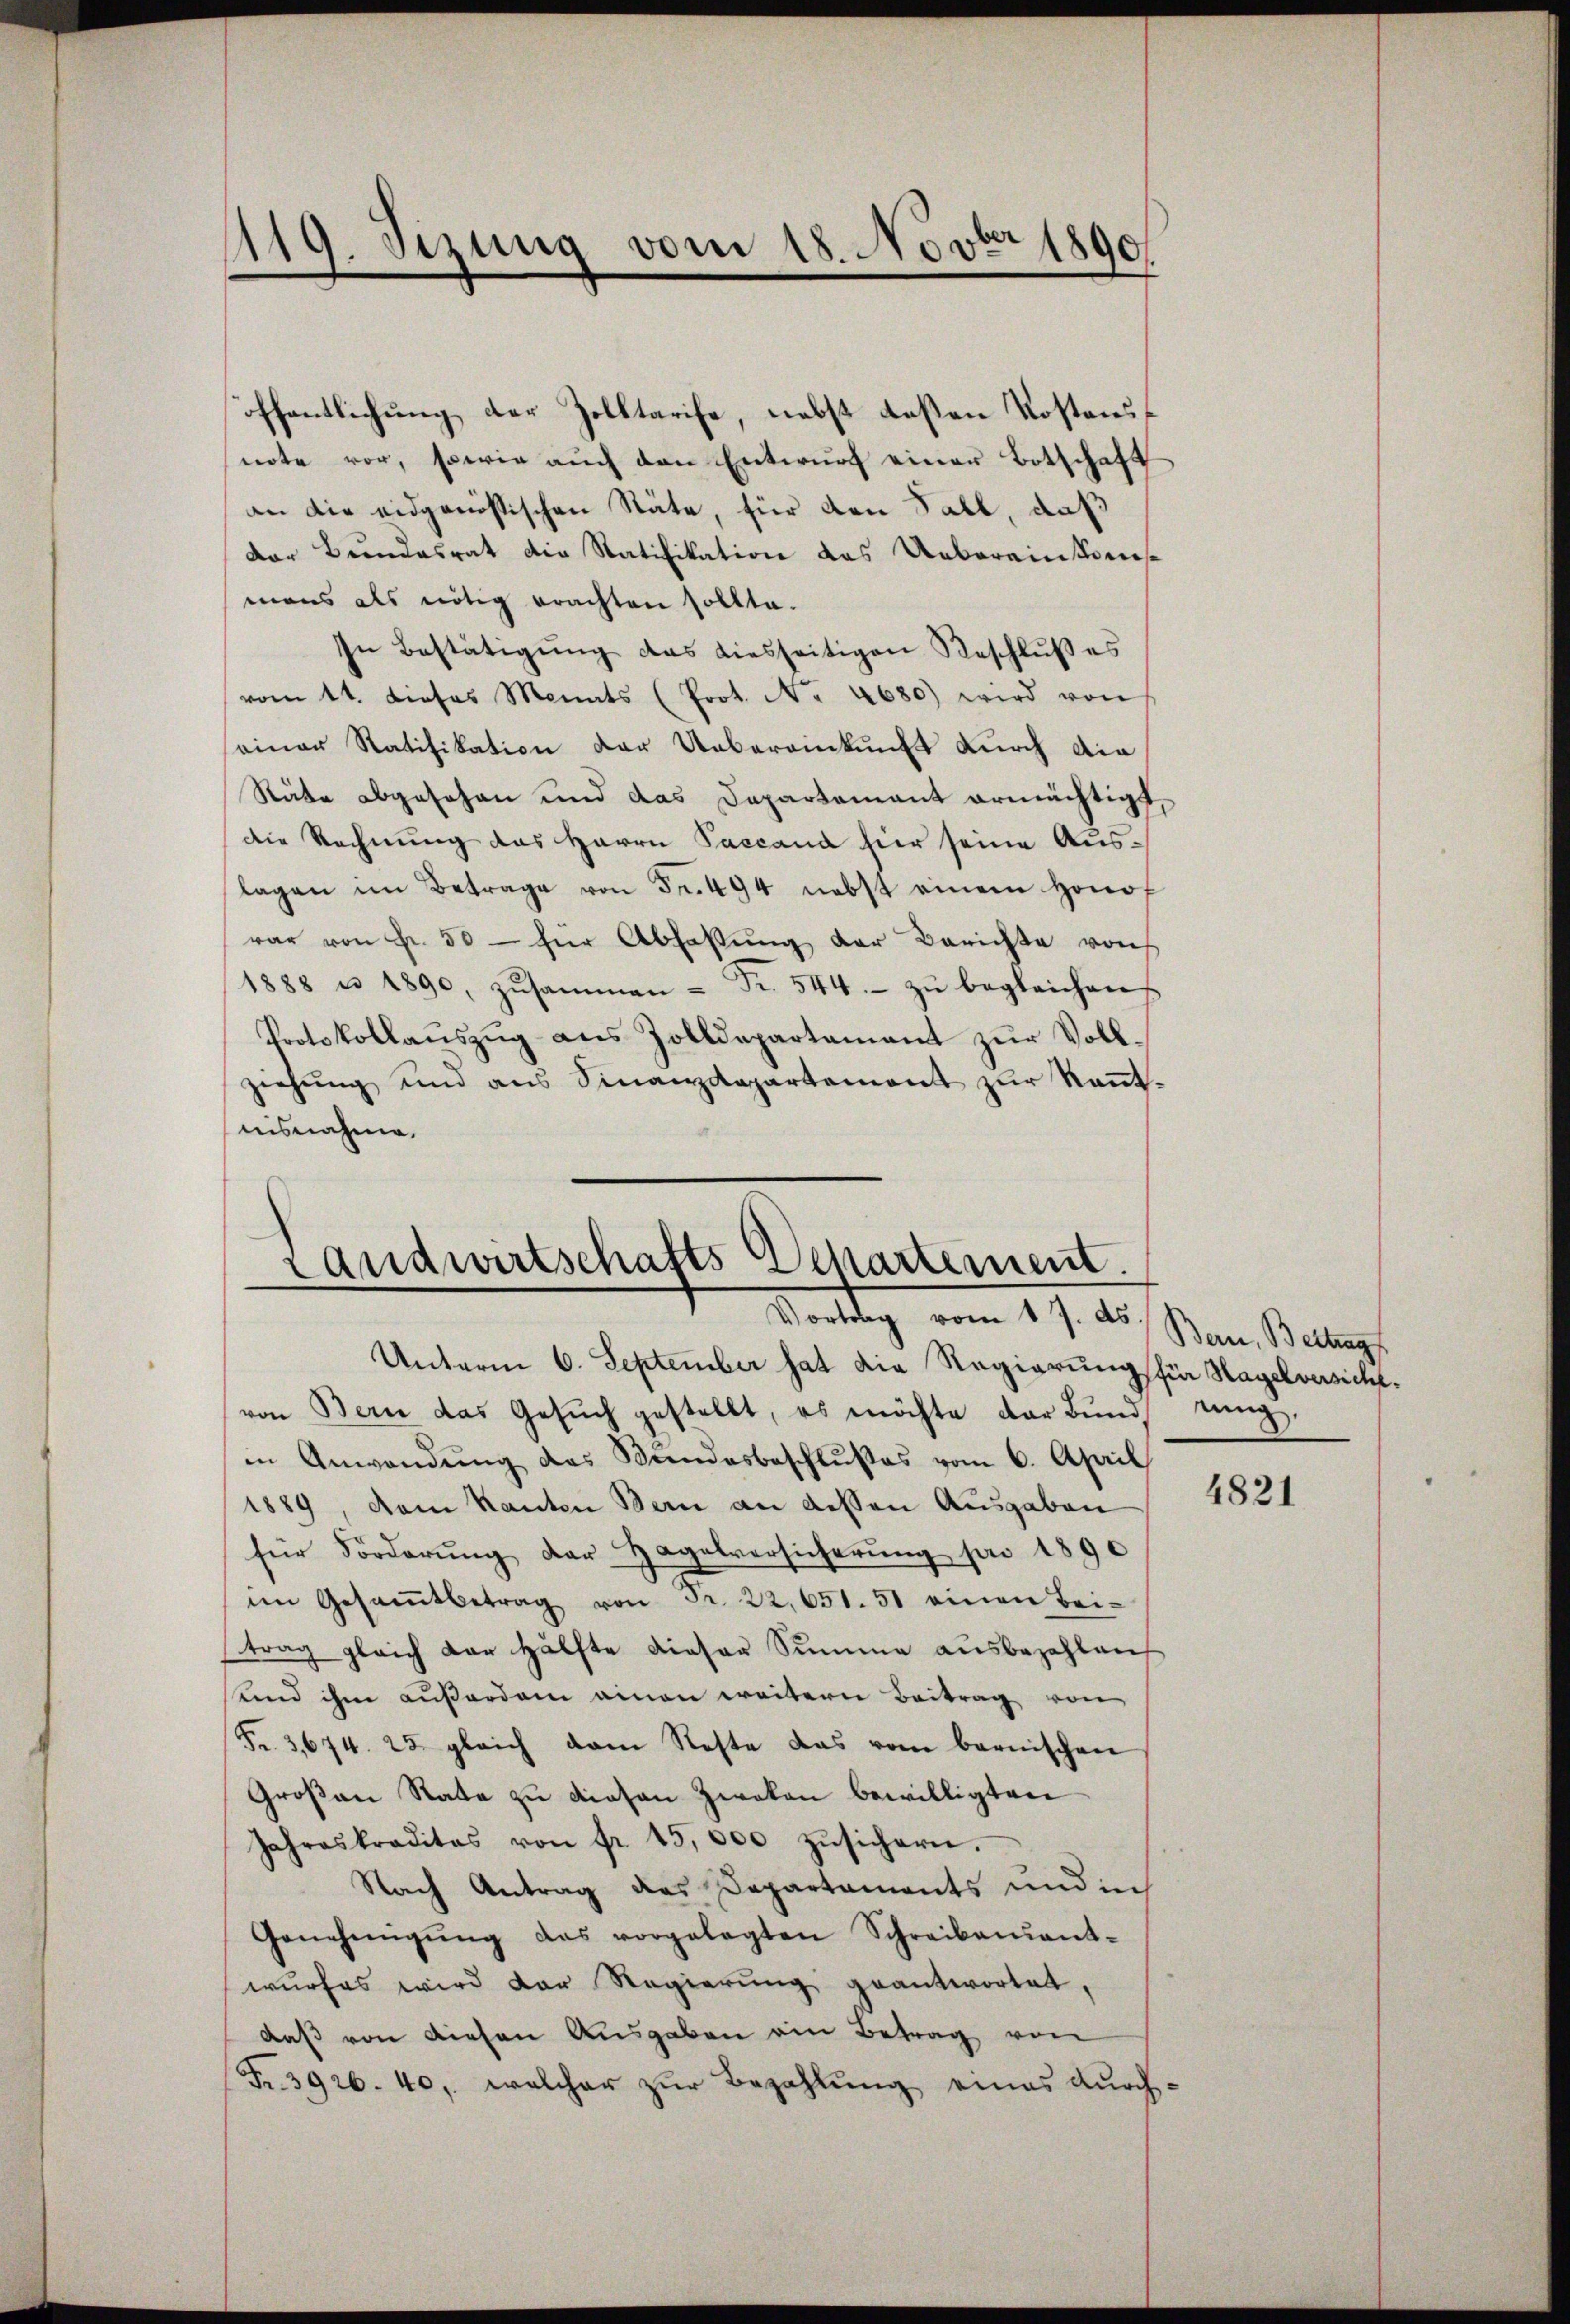
1119. Sizung vom 18. Novbr 1890

öffentlichung der Zolltarife, nebst deßen Kostensnote vor, sowie auch den Entwurf einer Botschaft
an die eidgenössischen Stäte, für den Fall, daß
Der Bundesrat die Ratifikation das Uebereinkons
mans als nötig erachten sollte.
In Bestätigŭng das diesseitigen Reschlŭβ es
vom 11. dieses Monats (Prot. No. 4680) wird von
seiner Ratifikation der Uebereinkunft durch die
Räte abgesehen und das Departement ermächtigt,
die Rechnung das Herrn Paccand hier seine Auslagen im Betrage von Fr. 494 nebst einem honof
rar von Fr. 50 - für Abfaßung der Berichte von
1888 n 1890, zŭsammen - Fr. 544.- zŭ begleichen
Protokollauszug aus Zolldepartament zur Vollziehŭng und ans Sinanzdepartement zŭr Keṅt-
nisnahme

Landwirtschafts-Departement.
Vortrag vom 17. ds Bern, Betrag

Unterm 6. September hat die Regierung für Hagelversichtvon Bern das Gesŭch gestellt, es möchte der Bŭnd tŭng
in Anwendŭng des Bundesbeschlußes vom 6. April
1889, dem Kanton Bern an dessen Ausgaben
für Förderŭng der Hagelversicherung par 1890
ien Gesamtbetrag von Fr. 22,651. 51 einen Bei-
trag gleich der Hälfte dieser Summe ausbezahlen
und ihm außerdem einen weitern Beitrag von
Fr. 3, 674. 25 gleich dem Reste das vom bernischen
Großen Rate zu diesen Zweken bewilligten
Jahreskraditas von fr. 15,000 zŭsichern.
Nach Antrag des Departaments und in
Genehmigŭng das vorgelegten Schreibenant-
wurfes wird der Regierŭng geantwortet,
daβ von diesen Aŭsgaben ein Betrag von
Fr. 3926. 40, welcher zŭr Bezahlung eines durch¬

4821